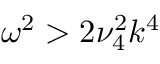
\omega ^ { 2 } > 2 \nu _ { 4 } ^ { 2 } k ^ { 4 }